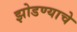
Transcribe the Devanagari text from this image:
झोडण्याचे